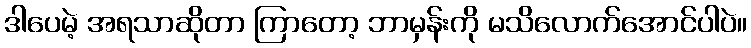
ဒါပေမဲ့ အရသာဆိုတာ ကြာတော့ ဘာမှန်းကို မသိလောက်အောင်ပါပဲ။